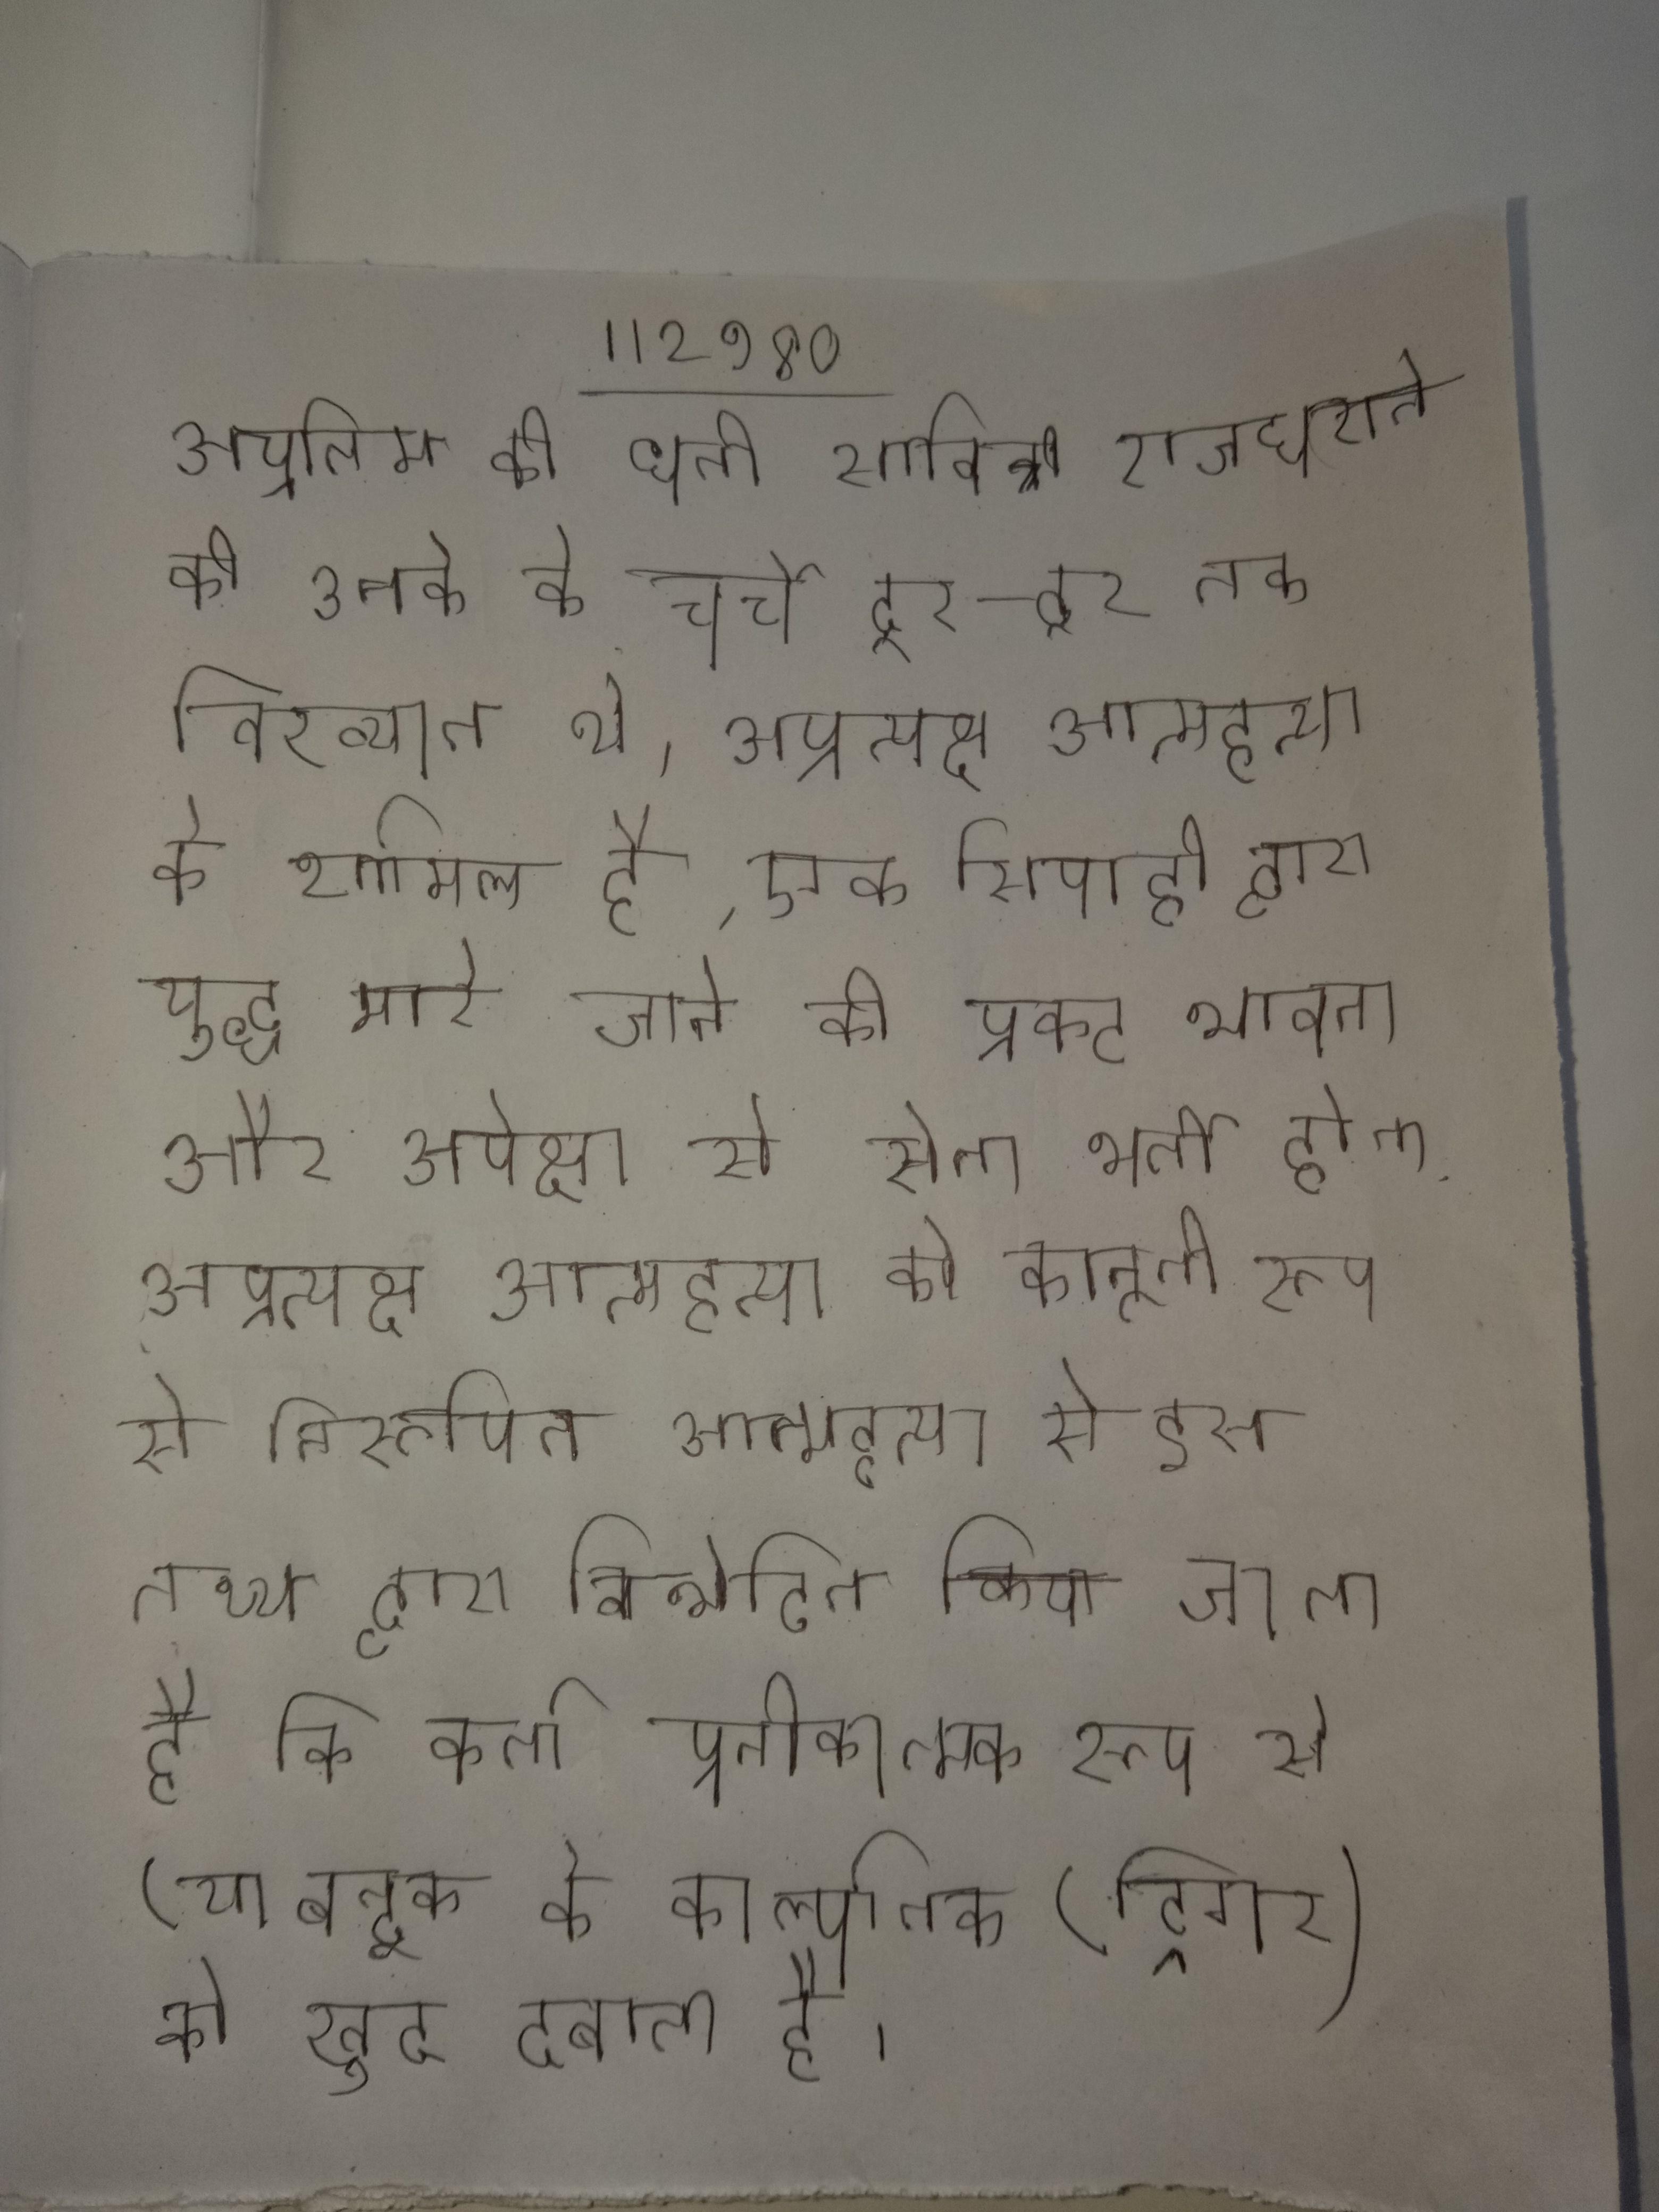
अप्रतिम की धनी सावित्री राजघराने की उनके के चर्चे दूर-दूर तक विख्यात थे । अप्रत्यक्ष आत्महत्या के शामिल है, एक सिपाही द्वारा युद्ध मारे जाने की प्रकट भावना और अपेक्षा से सेना भर्ती होना . अप्रत्यक्ष आत्महत्या को कानूनी रूप से निरूपित आत्महत्या से इस तथ्य द्वारा विभेदित किया जाता है कि कर्ता प्रतीकात्मक रूप से (या बन्दूक के काल्पनिक (ट्रिगर) को खुद दबाता है ।